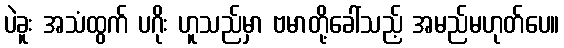
ပဲခူး အသံထွက် ပဂိုး ဟူသည်မှာ ဗမာတို့ခေါ်သည့် အမည်မဟုတ်ပေ။